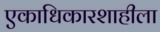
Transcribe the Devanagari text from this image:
एकाधिकारशाहीला